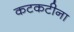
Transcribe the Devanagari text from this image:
कटकटीना